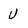
Character: U